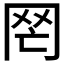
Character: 𦉸